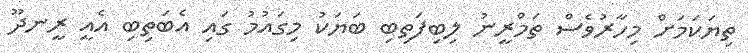
ތިޔަކަމަށް މިހާރުވެސް ތަމްރީނު ލިބިފަތިބި ބަޔަކު މިގައުމު ގައި އެބަތިބި އެއީ ރީނދޫ